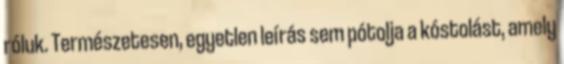
róluk. Természetesen, egyetlen leírás sem pótolja a kóstolást, amely